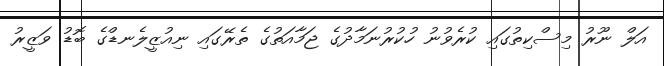
އަލް ނޫރު މިސްކިތުގައި ކުރެވުނު ހުކުރުނަމާދުގެ ޖަމާއަތުގެ ތެރޭގައި ނިއުޒީލެނޑްގެ ބޮޑު ވަޒީރު